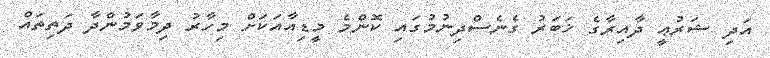
އަދި ޝަރުޢީ ދާއިރާގެ ޚަބަރު ގެނެސްދިނުމުގައި ކޮންމެ މީޑިއާއަކަށް މިހާރު ދިމާވަމުންދާ ދަތިތައް